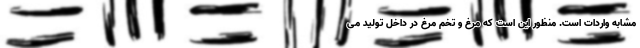
مشابه واردات است. منظور این است که مرغ و تخم مرغ در داخل تولید می